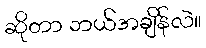
ဆိုတာ ဘယ်အချိန်လဲ။